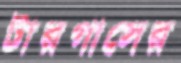
টারগাসের